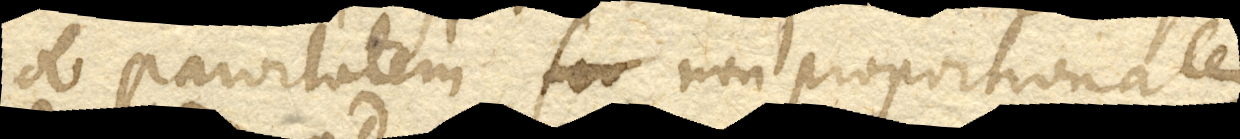
ob parvitatem, non proportionalem